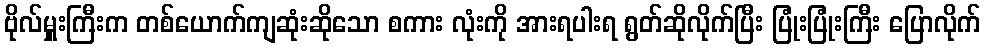
ဗိုလ်မှူးကြီးက တစ်ယောက်ကျဆုံးဆိုသော စကား လုံးကို အားရပါးရ ရွတ်ဆိုလိုက်ပြီး ပြုံးပြုံးကြီး ပြောလိုက်